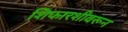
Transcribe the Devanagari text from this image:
शिफारशीवरून